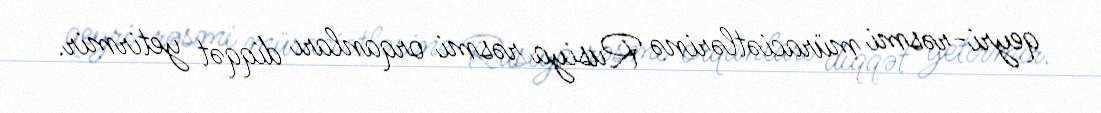
qeyri-rəsmi müraciətlərinə Rusiya rəsmi orqanları diqqət yetirmir.